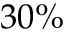
3 0 \%